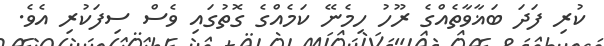
ކުރި ފަދަ ބަޣާވާތެއްގެ ރޫހު ހިމެނޭ ކަމެއްގެ ގޮތުގައި ވެސް ސިފަކުރި އެވެ.